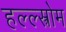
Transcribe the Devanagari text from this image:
हल्ल्स्त्रोम